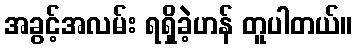
အခွင့်အလမ်း ရရှိခဲ့ဟန် တူပါတယ်။